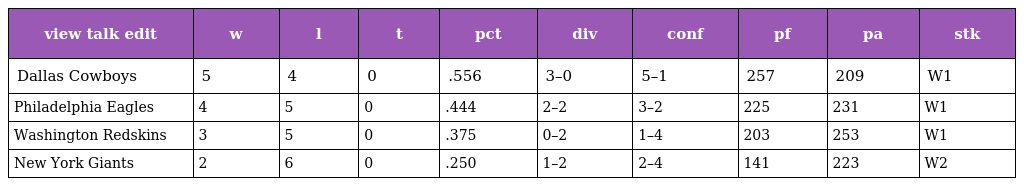
| view talk edit | w | l | t | pct | div | conf | pf | pa | stk |
 | --- | --- | --- | --- | --- | --- | --- | --- | --- | --- |
 | Dallas Cowboys | 5 | 4 | 0 | .556 | 3–0 | 5–1 | 257 | 209 | W1 |
 | Philadelphia Eagles | 4 | 5 | 0 | .444 | 2–2 | 3–2 | 225 | 231 | W1 |
 | Washington Redskins | 3 | 5 | 0 | .375 | 0–2 | 1–4 | 203 | 253 | W1 |
 | New York Giants | 2 | 6 | 0 | .250 | 1–2 | 2–4 | 141 | 223 | W2 |